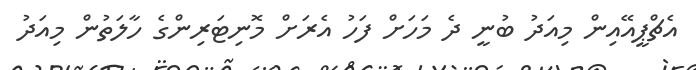
އެޗްޕީއޭއިން މިއަދު ބުނީ ދެ މަހަށް ފަހު އެރަށް މޮނިޓަރިންގެ ހާލަތުން މިއަދު